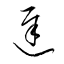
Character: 遅